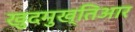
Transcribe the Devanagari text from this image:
खुदमुख्तिआर